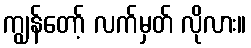
ကျွန်တော့် လက်မှတ် လိုလား။